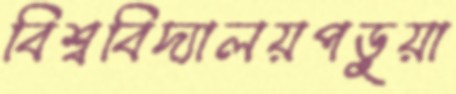
বিশ্ববিদ্যালয়পড়ুয়া